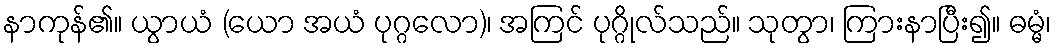
နာကုန်၏။ ယွာယံ (ယော အယံ ပုဂ္ဂလော)၊ အကြင် ပုဂ္ဂိုလ်သည်။ သုတွာ၊ ကြားနာပြီး၍။ ဓမ္မံ၊